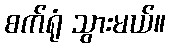
စက်ရုံ သွားမယ်။